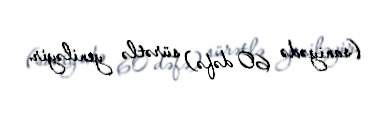
(saniyədə 60 dəfə) sürətlə yeniləyir.